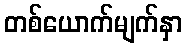
တစ်ယောက်မျက်နှာ